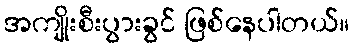
အကျိုးစီးပွားခွင် ဖြစ်နေပါတယ်။